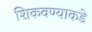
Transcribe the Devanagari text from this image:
शिकवण्याकडे